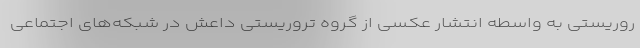
روریستی به واسطه انتشار عکسی از گروه تروریستی داعش در شبکه‌های اجتماعی